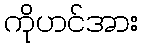
ကိုဟင်အား